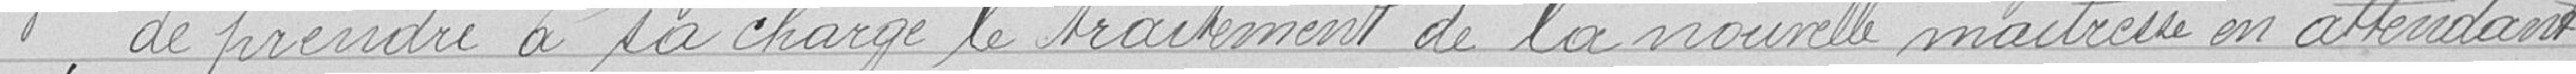
3° de prendre à sa charge le traitement de la nouvelle maîtresse en attendant